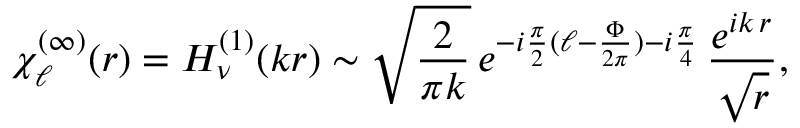
\chi _ { \ell } ^ { ( \infty ) } ( r ) = H _ { \nu } ^ { ( 1 ) } ( k r ) \sim \sqrt { \frac { 2 } { \pi k } } \, e ^ { - i \frac { \pi } { 2 } ( \ell - \frac { \Phi } { 2 \pi } ) - i \frac { \pi } { 4 } } \, \frac { e ^ { i k \, r } } { \sqrt { r } } ,